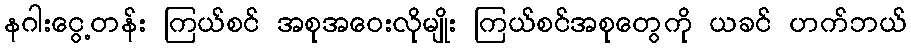
နဂါးငွေ့တန်း ကြယ်စင် အစုအဝေးလိုမျိုး ကြယ်စင်အစုတွေကို ယခင် ဟက်ဘယ်